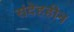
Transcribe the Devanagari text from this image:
संदेहहीन